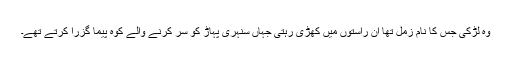
وہ لڑکی جس کا نام زِمل تھا ان راستوں میں کھڑی رہتی جہاں سنہری پہاڑ کو سر کرنے والے کوہ پیما گزرا کرتے تھے۔